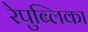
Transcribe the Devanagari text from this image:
रेपुब्लिका